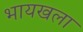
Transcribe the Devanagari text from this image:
भायखला